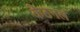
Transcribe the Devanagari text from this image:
केटनल